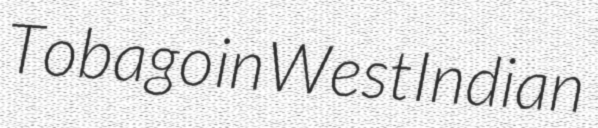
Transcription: Tobago in West Indian